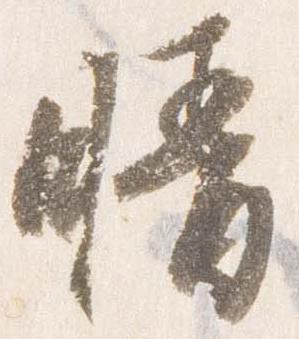
晴